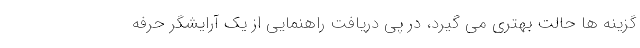
گزینه ها حالت بهتری می گیرد، در پی دریافت راهنمایی از یک آرایشگر حرفه